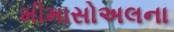
મીમાસોઅલના